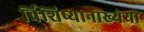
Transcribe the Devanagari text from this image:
र्विशिष्यानाख्येयो